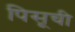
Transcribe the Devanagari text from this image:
पिसूची